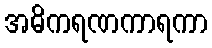
အဓိကရဏကာရကာ